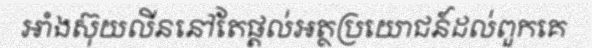
អាំងស៊ុយលីននៅតែផ្តល់អត្ថប្រយោជន៍ដល់ពួកគេ